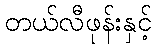
တယ်လီဖုန်းနှင့်